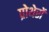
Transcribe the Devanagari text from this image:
प्रोथेरों